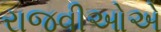
રાજવીઓએ